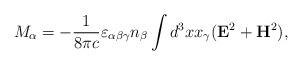
LaTeX: \begin{align*}M_{\alpha}=-{1\over8\pi c}\varepsilon_{\alpha\beta\gamma}n_{\beta}\int{d^{3}xx_{\gamma}({\bf E}^{2}+{\bf H}^{2})},\end{align*}